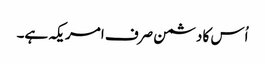
اُس کا دشمن صرف امریکہ ہے۔